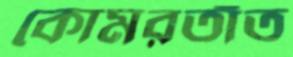
কোমরতাঁত